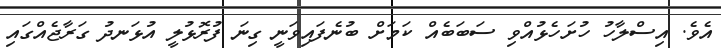
އެވެ. އިސްލާހު ހުށަހެޅުއްވި ސަބަބެއް ކަމަށް ބުނެފައިވަނީ ގިނަ ފުރޮޅުލީ އުޅަނދު ގަރާޖެއްގައި